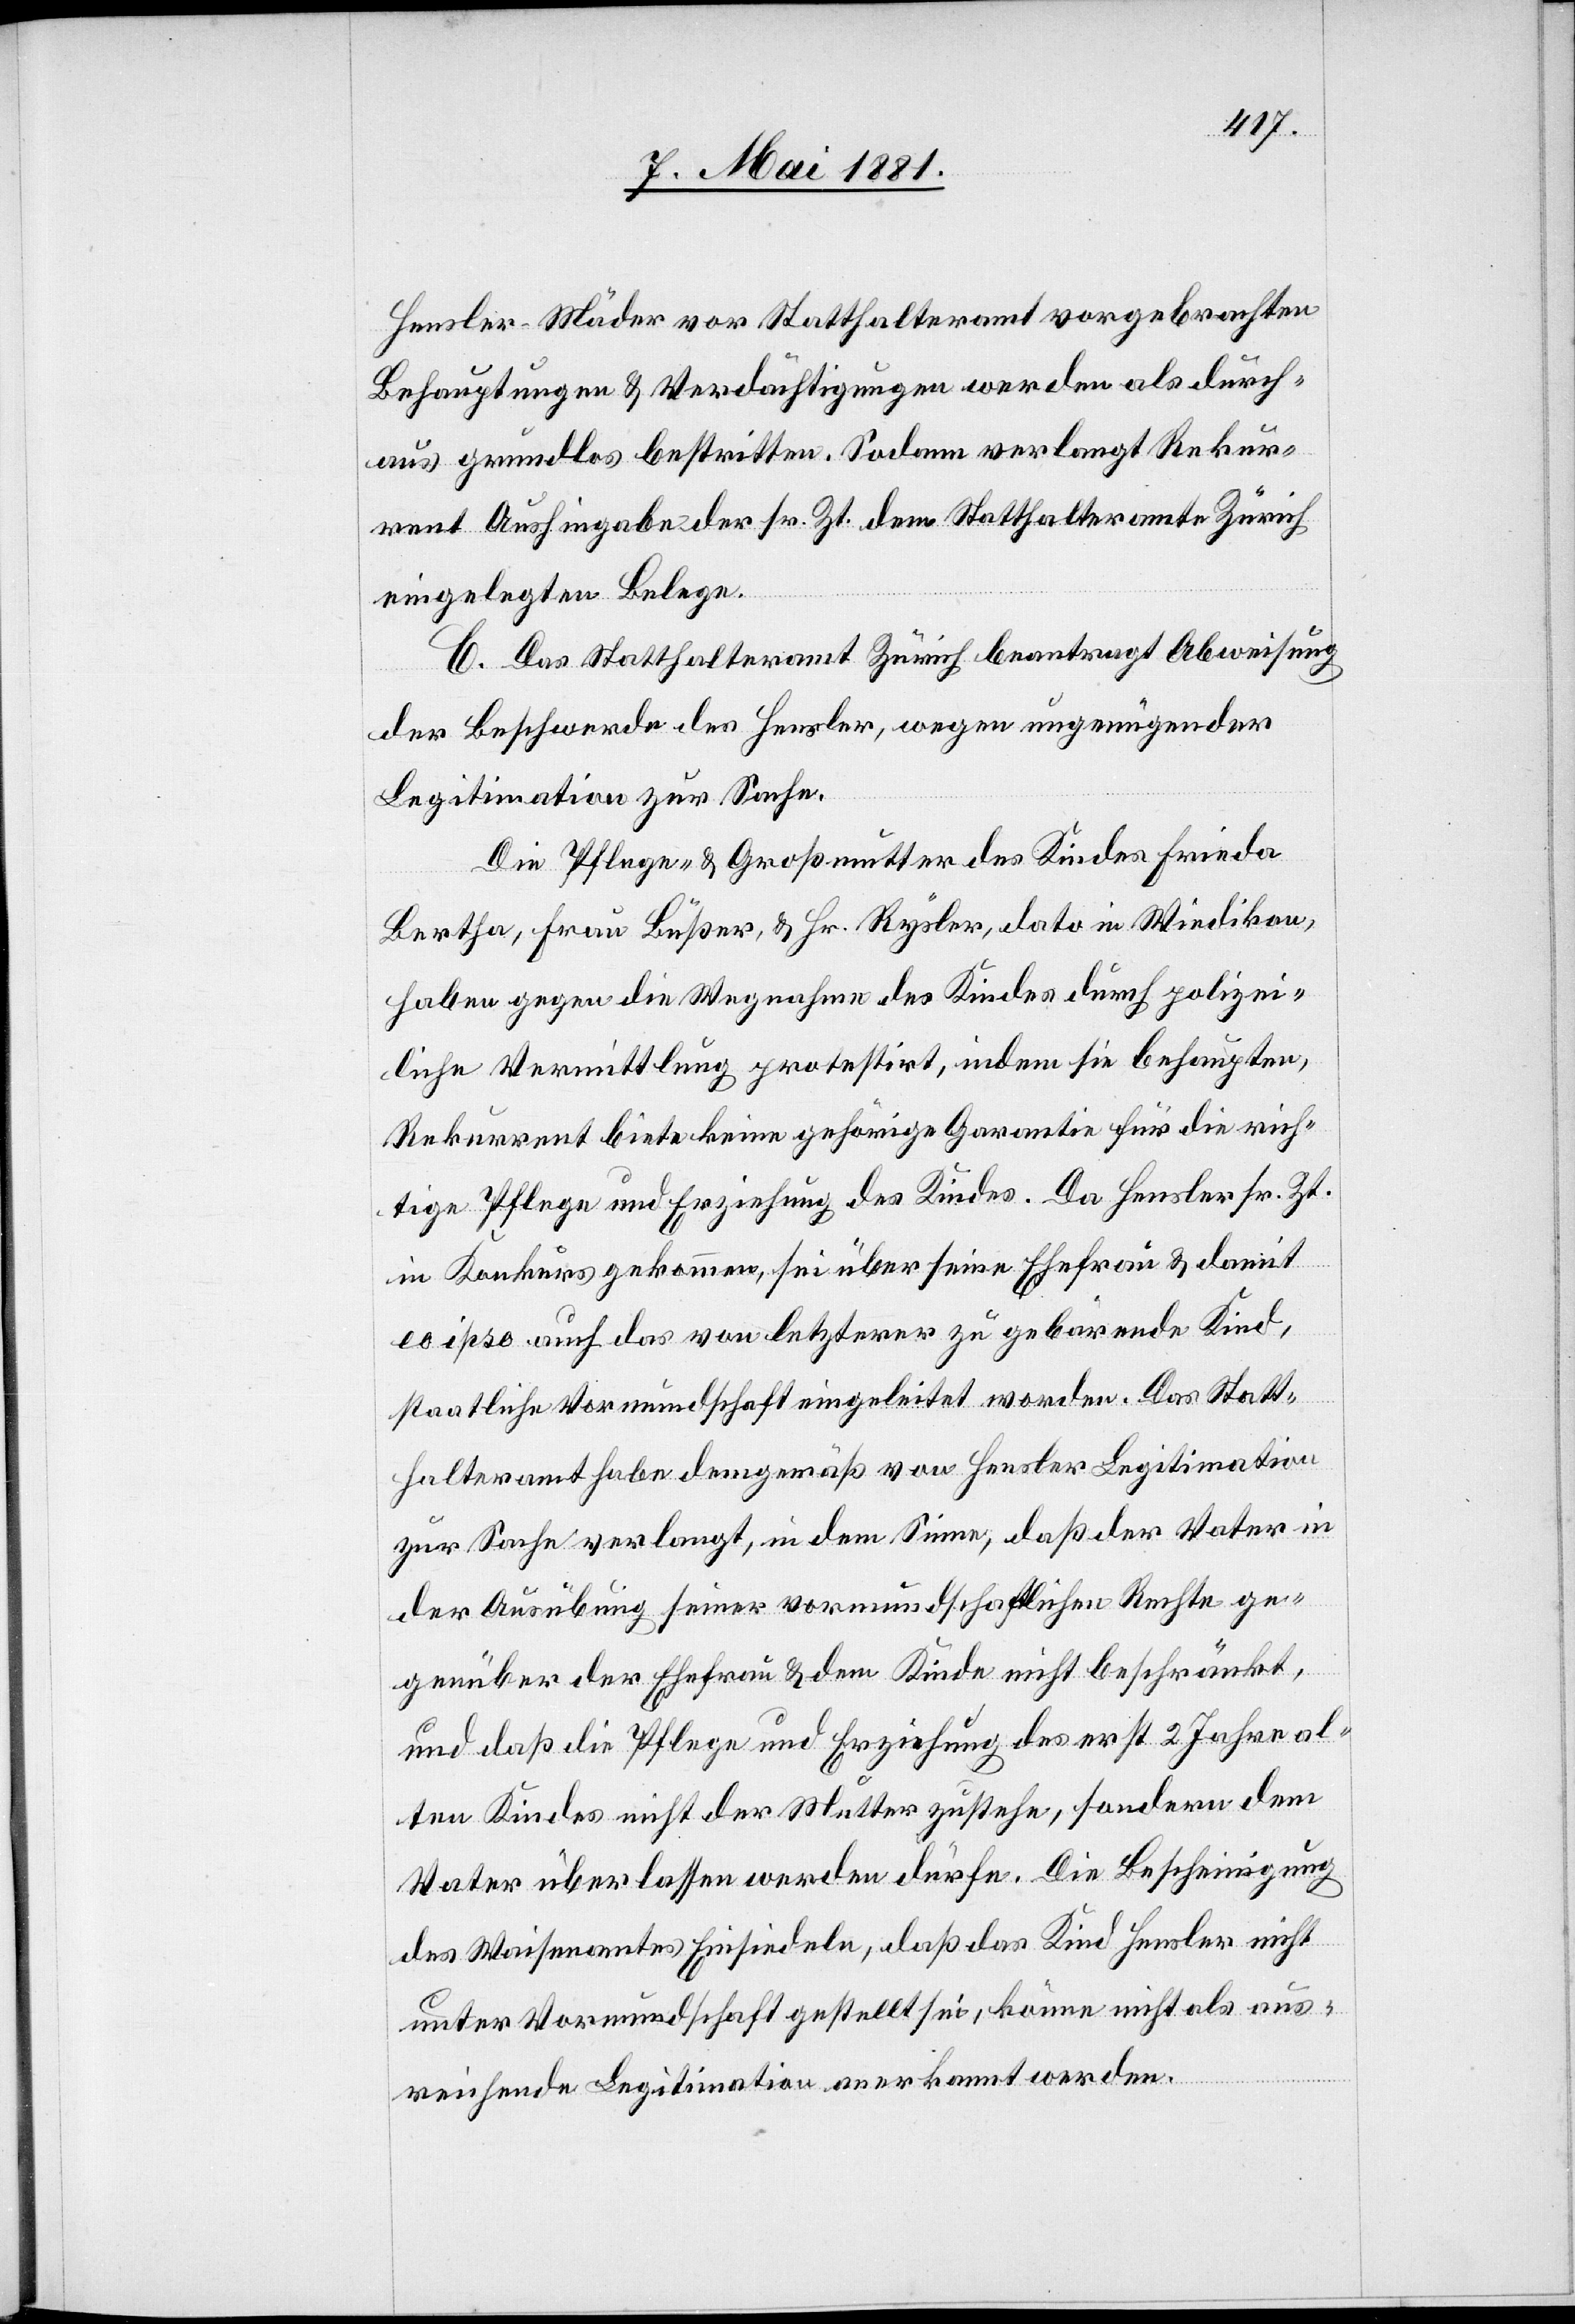
Hensler-Mäder vor Stadthalteramt vorgebrachten
Behauptungen & Verdächtigungen werden als durch¬
aus grundlos bestritten. Sodann verlangt Rekur¬
rent Aushingabe der sr. Zt. dem Statthalteramte Zürich
eingelegten Belege.
C. Das Statthalteramt Zürich beantragt Abweisung
der Beschwerde des Hensler, wegen ungenügender
Legitimation zur Sache.
Die Pflege- & Großmutter des Kindes Frieda
Bertha, Frau Büßer, & Hr. Rysler, dato in Wiedikon,
haben gegen die Wegnahme des Kindes durch polizei¬
liche Vermittlung protestirt, indem sie behaupten,
Rekurrent biete keine gehörige Garantie für die rich¬
tige Pflege und Erziehung des Kindes. Da Hensler sr. Zt.
in Konkurs gekommen, sei über seine Ehefrau & damit
eo ipso auch das von letzterer zu gebärende Kind,
staatliche Vormundschaft eingeleitet worden. Das Statt¬
halteramt habe demgemäß von Hensler Legitimation
zur Sache verlangt, in dem Sinne, daß der Vater in
der Ausübung seiner vormundschaftlichen Rechte ge¬
genüber der Ehefrau & dem Kinde nicht beschränkt,
und daß die Pflege und Erziehung des erst 2 Jahre al¬
ten Kindes nicht der Mutter zustehe, sondern dem
Vater überlassen werden dürfe. Die Bescheinigung
des Waisenamtes Einsiedeln, daß das Kind Hensler nicht
unter Vormundschaft gestellt sei, könne nicht als aus¬
reichende Legitimation anerkannt werden.